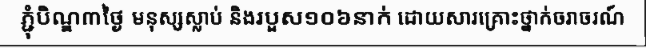
ភ្ជុំបិណ្ឌ៣ថ្ងៃ មនុស្សស្លាប់ និងរបួស១០៦នាក់ ដោយសារគ្រោះថ្នាក់ចរាចរណ៍